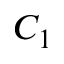
C _ { 1 }